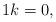
LaTeX: \begin{align*}1 & k=0, \\ \end{align*}